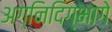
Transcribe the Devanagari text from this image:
अग्निदिग्भागे